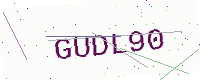
Text: GUDL90